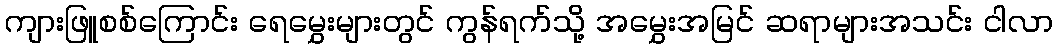
ကျားဖြူစစ်ကြောင်း ရေမွှေးများတွင် ကွန်ရက်သို့ အမွှေးအမြင် ဆရာများအသင်း ငါလာ